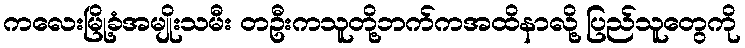
ကလေးမြို့ခံအမျိုးသမီး တဦးကသူတို့ဘက်ကအထိနာလို့ ပြည်သူတွေကို